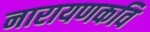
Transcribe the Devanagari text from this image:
नारायणकवि